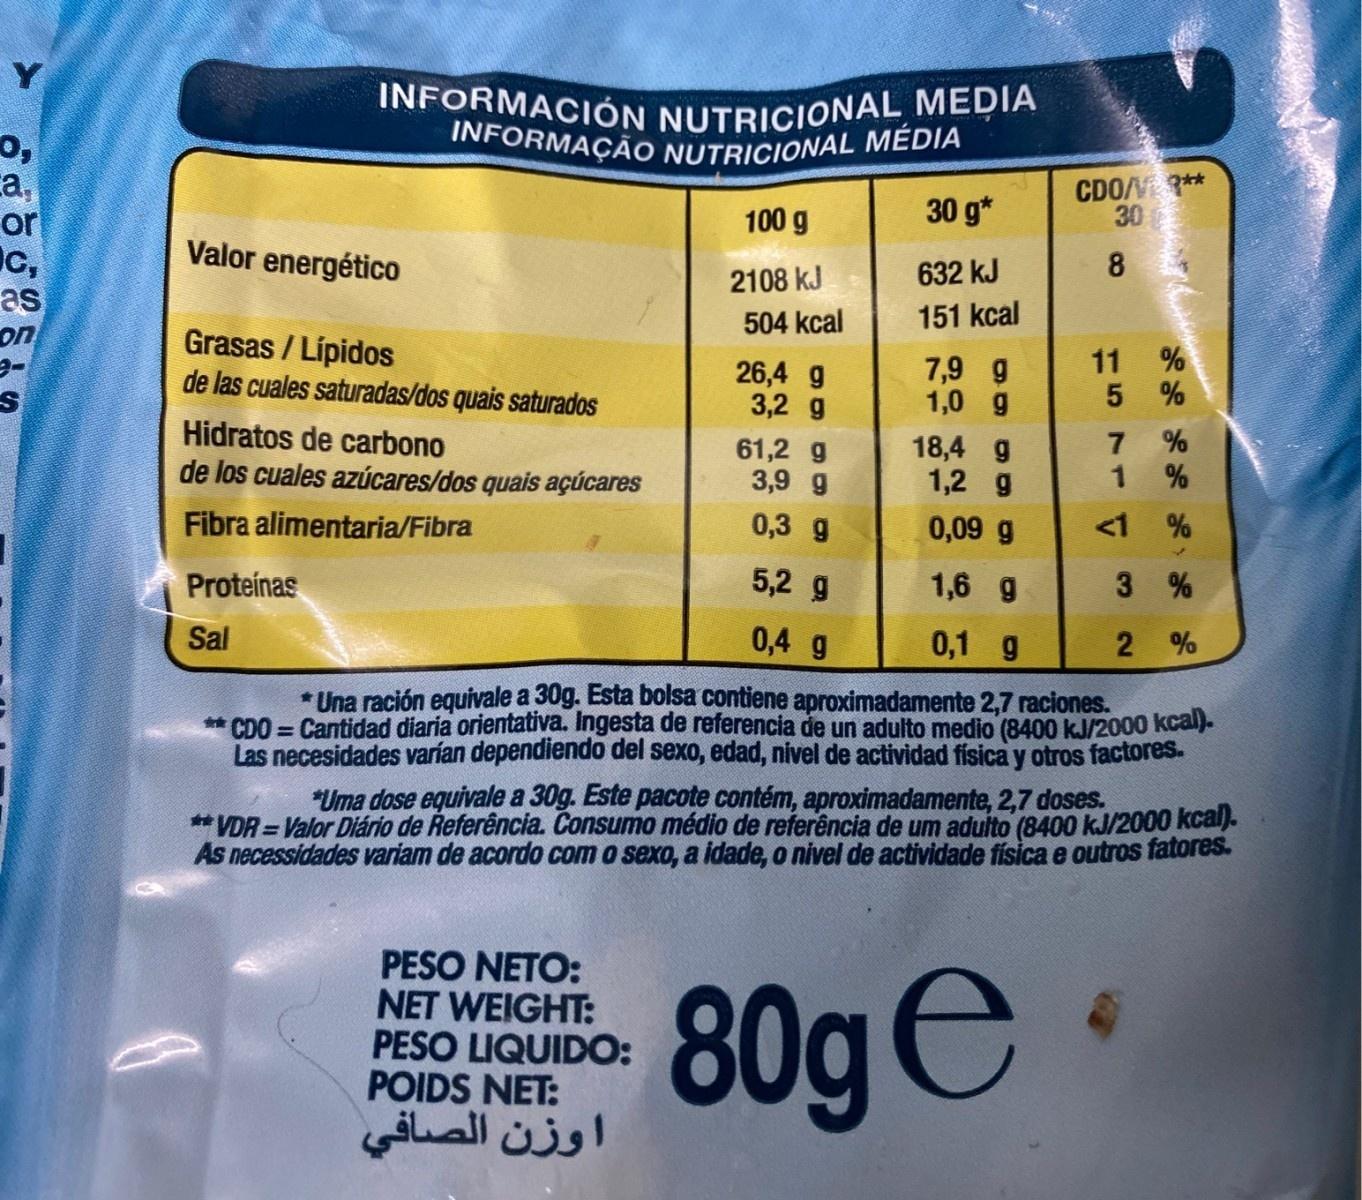
INFORMACIÓN NUTRICIONAL MEDIA INFORMAÇÃO NUTRICIONAL MÉDIA CDON ** 30 ca, or Ic, as on 100 g 30 g* Valor energético 2108 kJ 632 kJ 504 kcal 151 kcal Grasas / Lípidos de las cuales saturadas/dos quais saturados 11 26,4 g 3,2 g 7,9 g 1,0 g Hidratos de carbono de los cuales azúcares/dos quais açúcares 61,2 g 3,9 g 18,4 g 1,2 g 0,3 g 0,09 g <1 % Fibra alimentaria/Fibra 5,2 g 1,6 g 3 % Proteínas Sal 0,4 g 0,1 g * Una ración equivale a 30g. Esta bolsa contiene aproximadamente 2,7 raciones. * CDO = Cantidad diaria orientativa. Ingesta de referencia de un adulto medio (8400 kJ/2000 kcal). Las necesidades varían dependiendo del sexo, edad, nivel de actividad fisica y otros factores. *Uma dose equivale a 30g. Este pacote contém, aproximadamente, 2,7 doses. * VDR = Valor Diário de Referência. Consumo médio de referência de um aduito (8400 kJ/2000 kcal). As necessidades variam de acordo com o sexo, a idade, o nivel de actividade fisica e outros fatores. PESO NETO: NET WEIGHT: PESO LIQUIDO: POIDS NET: اوزن الصافي 80ge